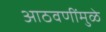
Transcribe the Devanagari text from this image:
आठवणींमुळे